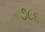
૭૮૬